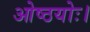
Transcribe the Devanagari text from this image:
ओष्ठयोः।